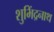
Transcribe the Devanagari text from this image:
शुभिंद्रनाथ